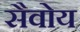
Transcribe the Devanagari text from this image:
सैवोय